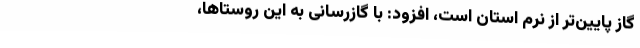
گاز پایین‌تر از نرم استان است، افزود: با گازرسانی به این روستاها،